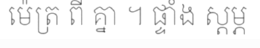
ម៉េត្រ ពី គ្នា ។ ផ្ទាំង ស្តម្ភ